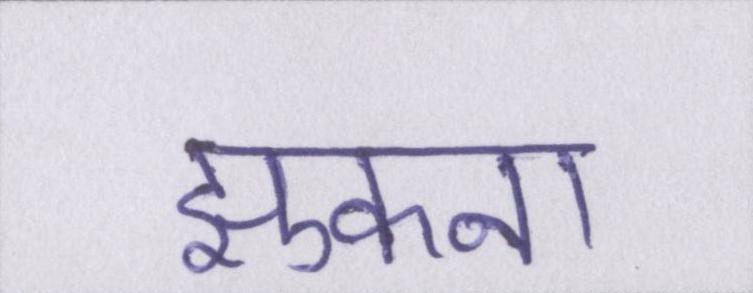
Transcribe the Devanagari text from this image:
झुकना